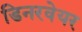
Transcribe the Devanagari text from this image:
डिनरवेयर